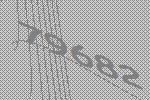
79682